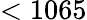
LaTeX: <1065